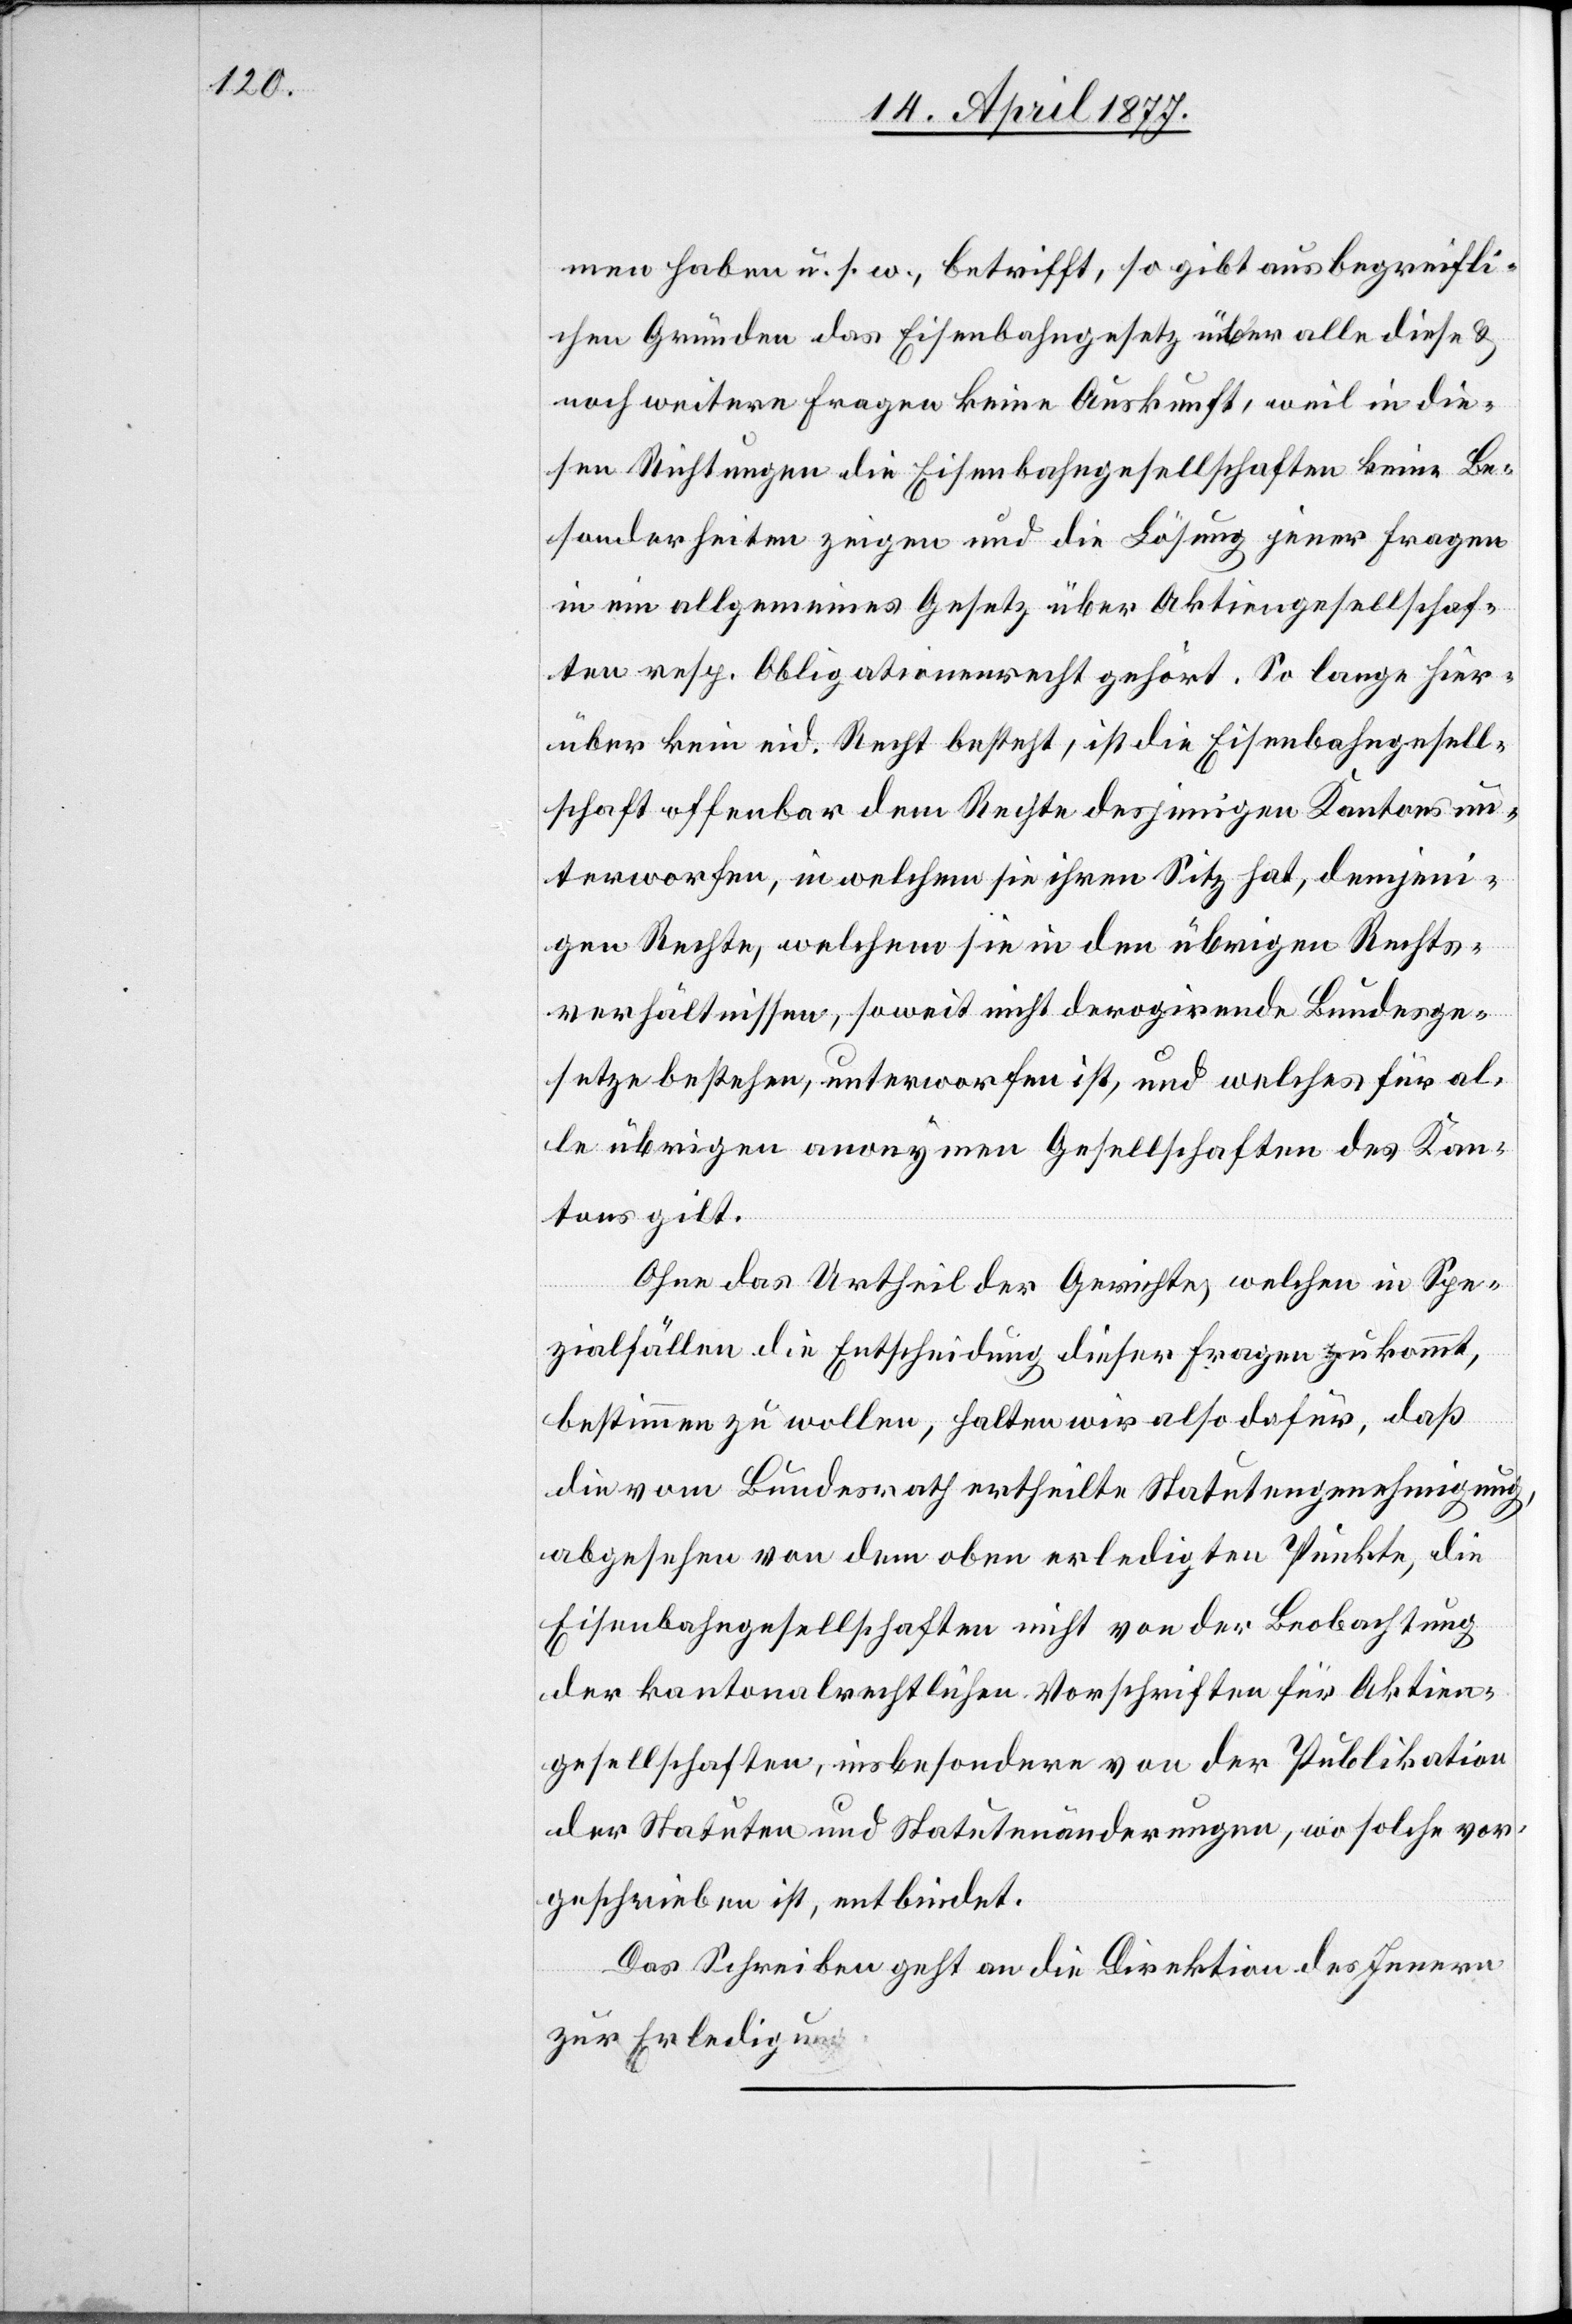
men haben u. s. w., betrifft, so gibt aus bergreifli¬
chen Gründen das Eisenbahngesetz über alle diese &
noch weitere Fragen keine Auskunft, weil in die¬
sen Richtungen die Eisenbahngesellschaften keine Be¬
sonderheiten zeigen und die Lösung jener Fragen
in ein allgemeines Gesetz über Aktiengesellschaf¬
ten resp. Obligationenrecht gehört. So lange hier¬
über kein eid. Recht besteht, ist die Eisenbahngesell¬
schaft offenbar dem Rechte desjenigen Kantons un¬
terworfen, in welchem sie ihren Sitz hat, demjeni¬
gen Rechte, welchem sie in den übrigen Rechts¬
verhältnissen, soweit nicht derogirende Bundesge¬
setze bestehen, unterworfen ist, und welches für al¬
le übrigen anonymen Gesellschaften des Kan¬
tons gilt.
Ohne das Urtheil der Gerichte, welchen in Spe¬
zialfällen die Entscheidung dieser Fragen zukommt,
bestimmen zu wollen, halten wir also dafür, daß
die vom Bundesrath ertheilte Statutengenehmigung,
abgesehen von dem oben erledigten Punkte, die
Eisenbahngesellschaften nicht von der Beobachtung
der kantonalrechtlichen Vorschriften für Aktien¬
gesellschaften, insbesondere von der Publikation
der Statuten und Statutenänderungen, wo solche vor¬
geschrieben ist, entbindet.[“]
Das Schreiben geht an die Direktion des Innern
zur Erledigung.